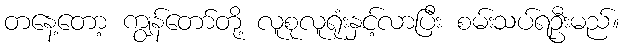
တနေ့တော့ ကျွန်တော်တို့ လူစုလူရုံးနှင့်လာပြီး စမ်းသပ်ရဦးမည်။